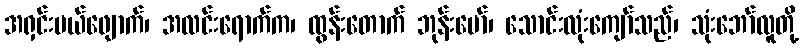
အရှင်းပယ်ဖျောက်၊ အလင်းရောက်က၊ ထွန်းတောက် ဘုန်းမော်၊ သောင်းလုံးကျော်သည်၊ သုံးဘော်လူတို့